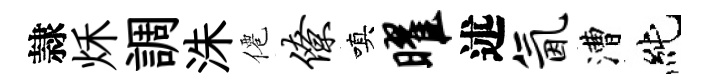
隷秌調洙僊僚嗔曜述氤漕純